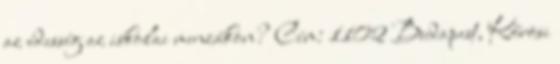
az édesség az iskolai menzákon? Cím: 1102 Budapest, Kőrösi